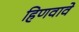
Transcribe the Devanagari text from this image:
हिणवावे